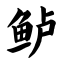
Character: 鲈